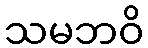
သမဘဝိ